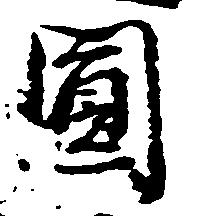
円